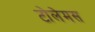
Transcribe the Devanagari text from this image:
टोलेमस